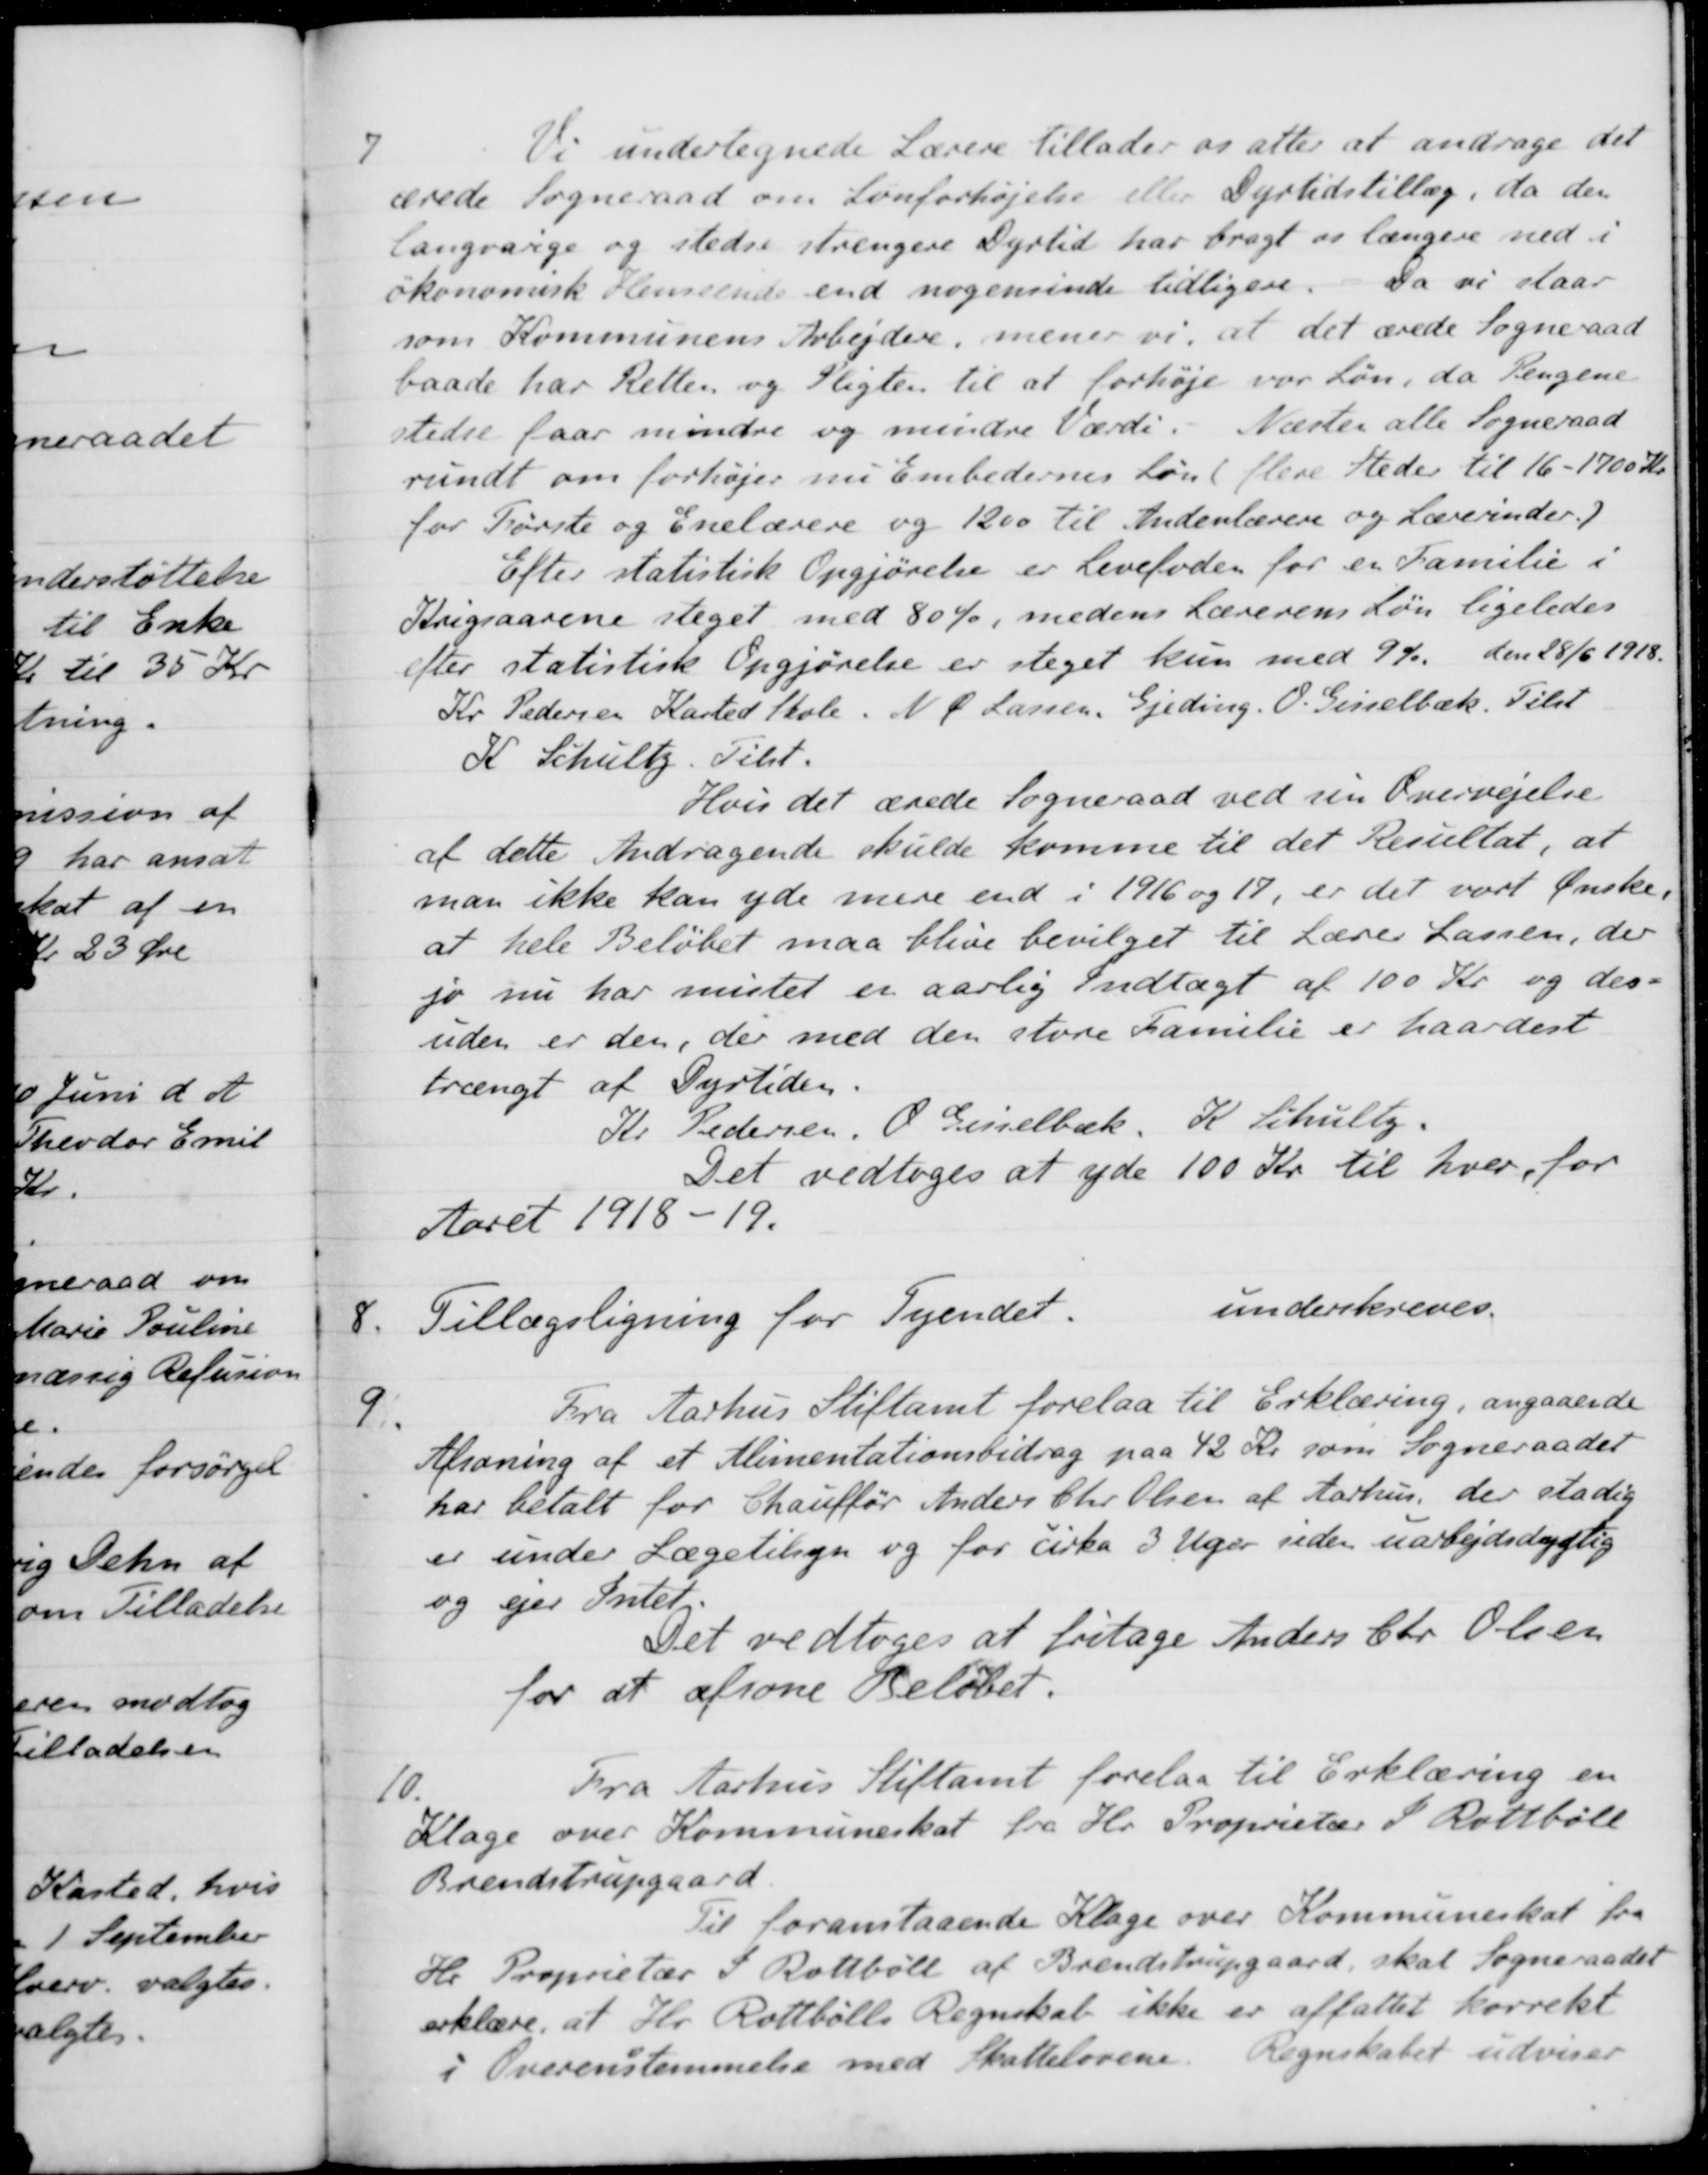
Transskription:
7
Vi undertegnede Lærere tillader os atter at andrage det
ærede Sogneraad om Lønforhøjelse eller Dyrtidstillæg, da den
langvarige og stedse strengere Dyrtid har bragt os længere ned i
økonomisk Henseende end nogensinde tidligere. Da vi staar
som Kommunens Arbejdere, mener vi, at det ærede Sogneraad
baade har Retten og Pligten til at forhøje var Løn, da Pengene
stedse faar mindre og mindre Værdi. Næster alle Sogneraad
rundt om forhøjer nu Embedernes Løn( flere Steder til 16-1700 Kr.
for Første og Enelærere og 1200 til Indenlærere og Lærerinder.)
Efter statistisk Opgjørelse er Levefoden for en Familie i
Krigsaarene steget med 80 %, medens Lærerens Løn ligeledes
efter statistisk Opgjørelse er steget kun med 9% den 28/6 1918.
Kr. Pedersen Kasted Skole. N. P. Larsen, Gjeding. O. Geisselbæk. Tilst
K. Schultz. Tilst.
Hvis det ærede Sogneraad ved sin Overvejelse
af dette Andragende skulde komme til det Resultat, at
man ikke kan yde mere end i 1916 og 17, er det vort Ønske,
at hele Beløbet maa blive bevilget til Lærer Lassen, der
jo nu har mistet er aarlig Indtægt af 100 Kr og des-
uden er den, der med den store Familie er haardest
trængt af Dyrtiden.
Kr. Pedersen, O. Gisselbæk, K. Schultz.
Det vedtoges at yde 100 Kr til hver for
Aaret 1918-19.
8
Tillægsligning for Tyendet.
underskreves.
9
Fra Aarhus Stiftamt forelaa til Erklæring, angaaende
Afsoning af et Alimentationsbidrag paa 42 Kr. som Sogneraadet
har betalt for Chauffør Anders Chr Olsen af Aarhus, der stadig
er under Lægetilsyn og for cirka 3 Uger siden uarbejdsdygtig
og ejer Intet.
Det vedtoges at fritage Anders Chr Olsen
for at afsone Beløbet.
10.
Fra Aarhus Stiftamt forelaa til Erklæring en
Klage over Kommuneskat fra Hr. Proprietær P. Rottbøll
Brendstrupgaard.
Til foranstaaende Klage over Kommuneskat fra
Hr Proprietær P. Rottbøll af Brendstrupgaard, skal Sogneraadet
erklære, at Hr. Rottbølle Regnskab ikke er affattet korrekt
i Overenstemmelse med Skattelovene. Regnskabet udviser